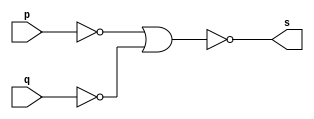
// Guia 02 - AND
// NOme: Jessica Luisa Betonico Andrade

//---------------------------------------------------

//-- Construir porta AND por NOR --

//---------------------------------------------------


module nandgate(s, p, q);
  output s; 			// saida
  input p, q; 			// entrada
  
 
  wire temp1, temp2; // portas auxiliares
  
  nor NOR1(temp1, p); // operao nor com a porta p
  nor NOR2(temp2, q);			// operao nor com a porta q
  
  assign s = ~(temp1 | temp2);	// operao final
  
  
endmodule // nandgate
// fim modulo

// modulo final
module testandogate;
  reg a, b; // portas de entrada
  wire s; // porta de saida
  
  
 // instancia
 
 nandgate NAND1(s, a, b);
   
 // parte principal
 
initial begin
   $display("Guia_02_2 - Jessica Luisa Betonico Andrade - 412748");
   $display("Test NAND gate construida por NOR");
   $monitor("~(%b & %b = %b)", a, b, s);
 
 
    a=0; b=0;
	 
 #1 a=1; b=0;
 #1 a=0; b=1;
 #1 a=1; b=1;
 
end

endmodule // testandogate